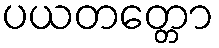
ပယတတ္တော